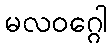
မလဝဂ္ဂေါ